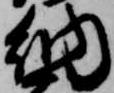
納